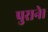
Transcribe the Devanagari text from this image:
पुराने।